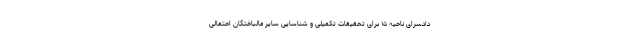
دادسرای ناحیه ۱۵ برای تحقیقات تکمیلی و شناسایی سایر مالباختگان احتمالی